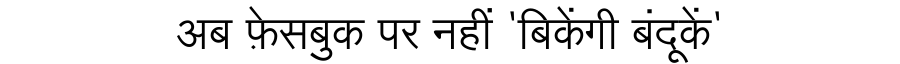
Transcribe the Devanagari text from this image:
अब फ़ेसबुक पर नहीं 'बिकेंगी बंदूकें'